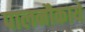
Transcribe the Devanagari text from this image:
पालनौकायें